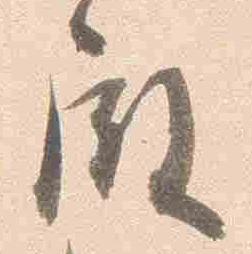
殿